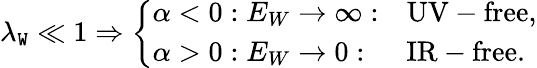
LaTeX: \lambda_{\mathtt{W}}\ll1\Rightarrow\left\{ \begin{array}{lll}{{\alpha<0:E_{W}\rightarrow\infty:}}&{{\mathrm{UV-free,}}}\\ {{\alpha>0:E_{W}\rightarrow 0:}}&{{\mathrm{IR-free.}}}\end{array}\right.